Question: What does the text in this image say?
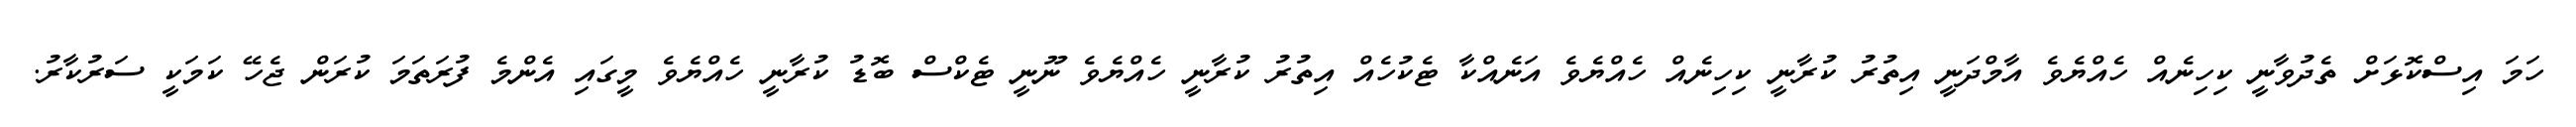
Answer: ހަމަ އިސްކޮޅަށް ތެދުވާނީ ކިހިނެއް ހެއްޔެވެ އާމްދަނީ އިތުރު ކުރާނީ ކިހިނެއް ހެއްޔެވެ އަނެއްކާ ޓެކުހެއް އިތުރު ކުރާނީ ހެއްޔެވެ ނޫނީ ޓެކްސް ބޮޑު ކުރާނީ ހެއްޔެވެ މީގައި އެންމެ ފުރަތަމަ ކުރަން ޖެހޭ ކަމަކީ ސަރުކާރު.